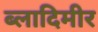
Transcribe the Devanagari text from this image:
ब्लादिमीर